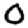
Digit: 0